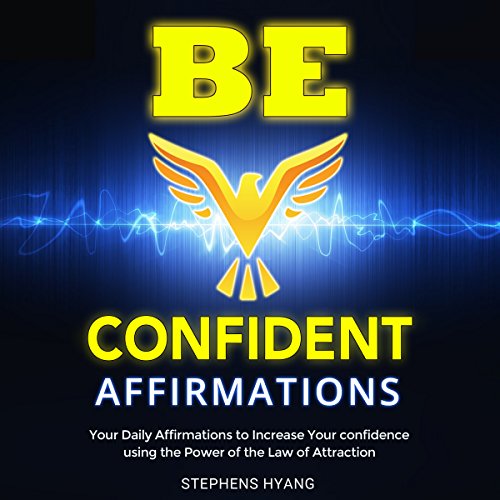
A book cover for Be Confident Affirmations: Your Daily Affirmations to Increase Your Confidence Using the Power of the Law of Attraction; Stephens Hyang; Self-Help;